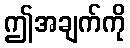
ဤအချက်ကို